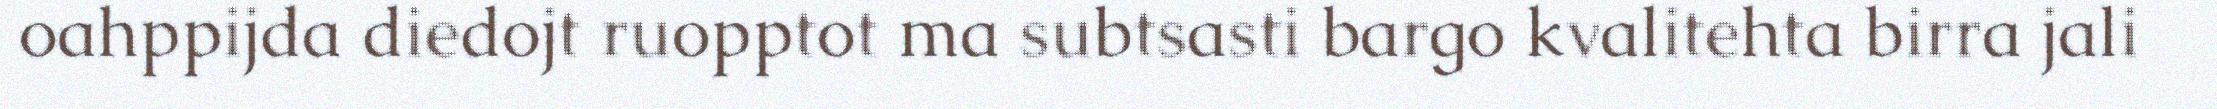
oahppijda diedojt ruopptot ma subtsasti bargo kvalitehta birra jali